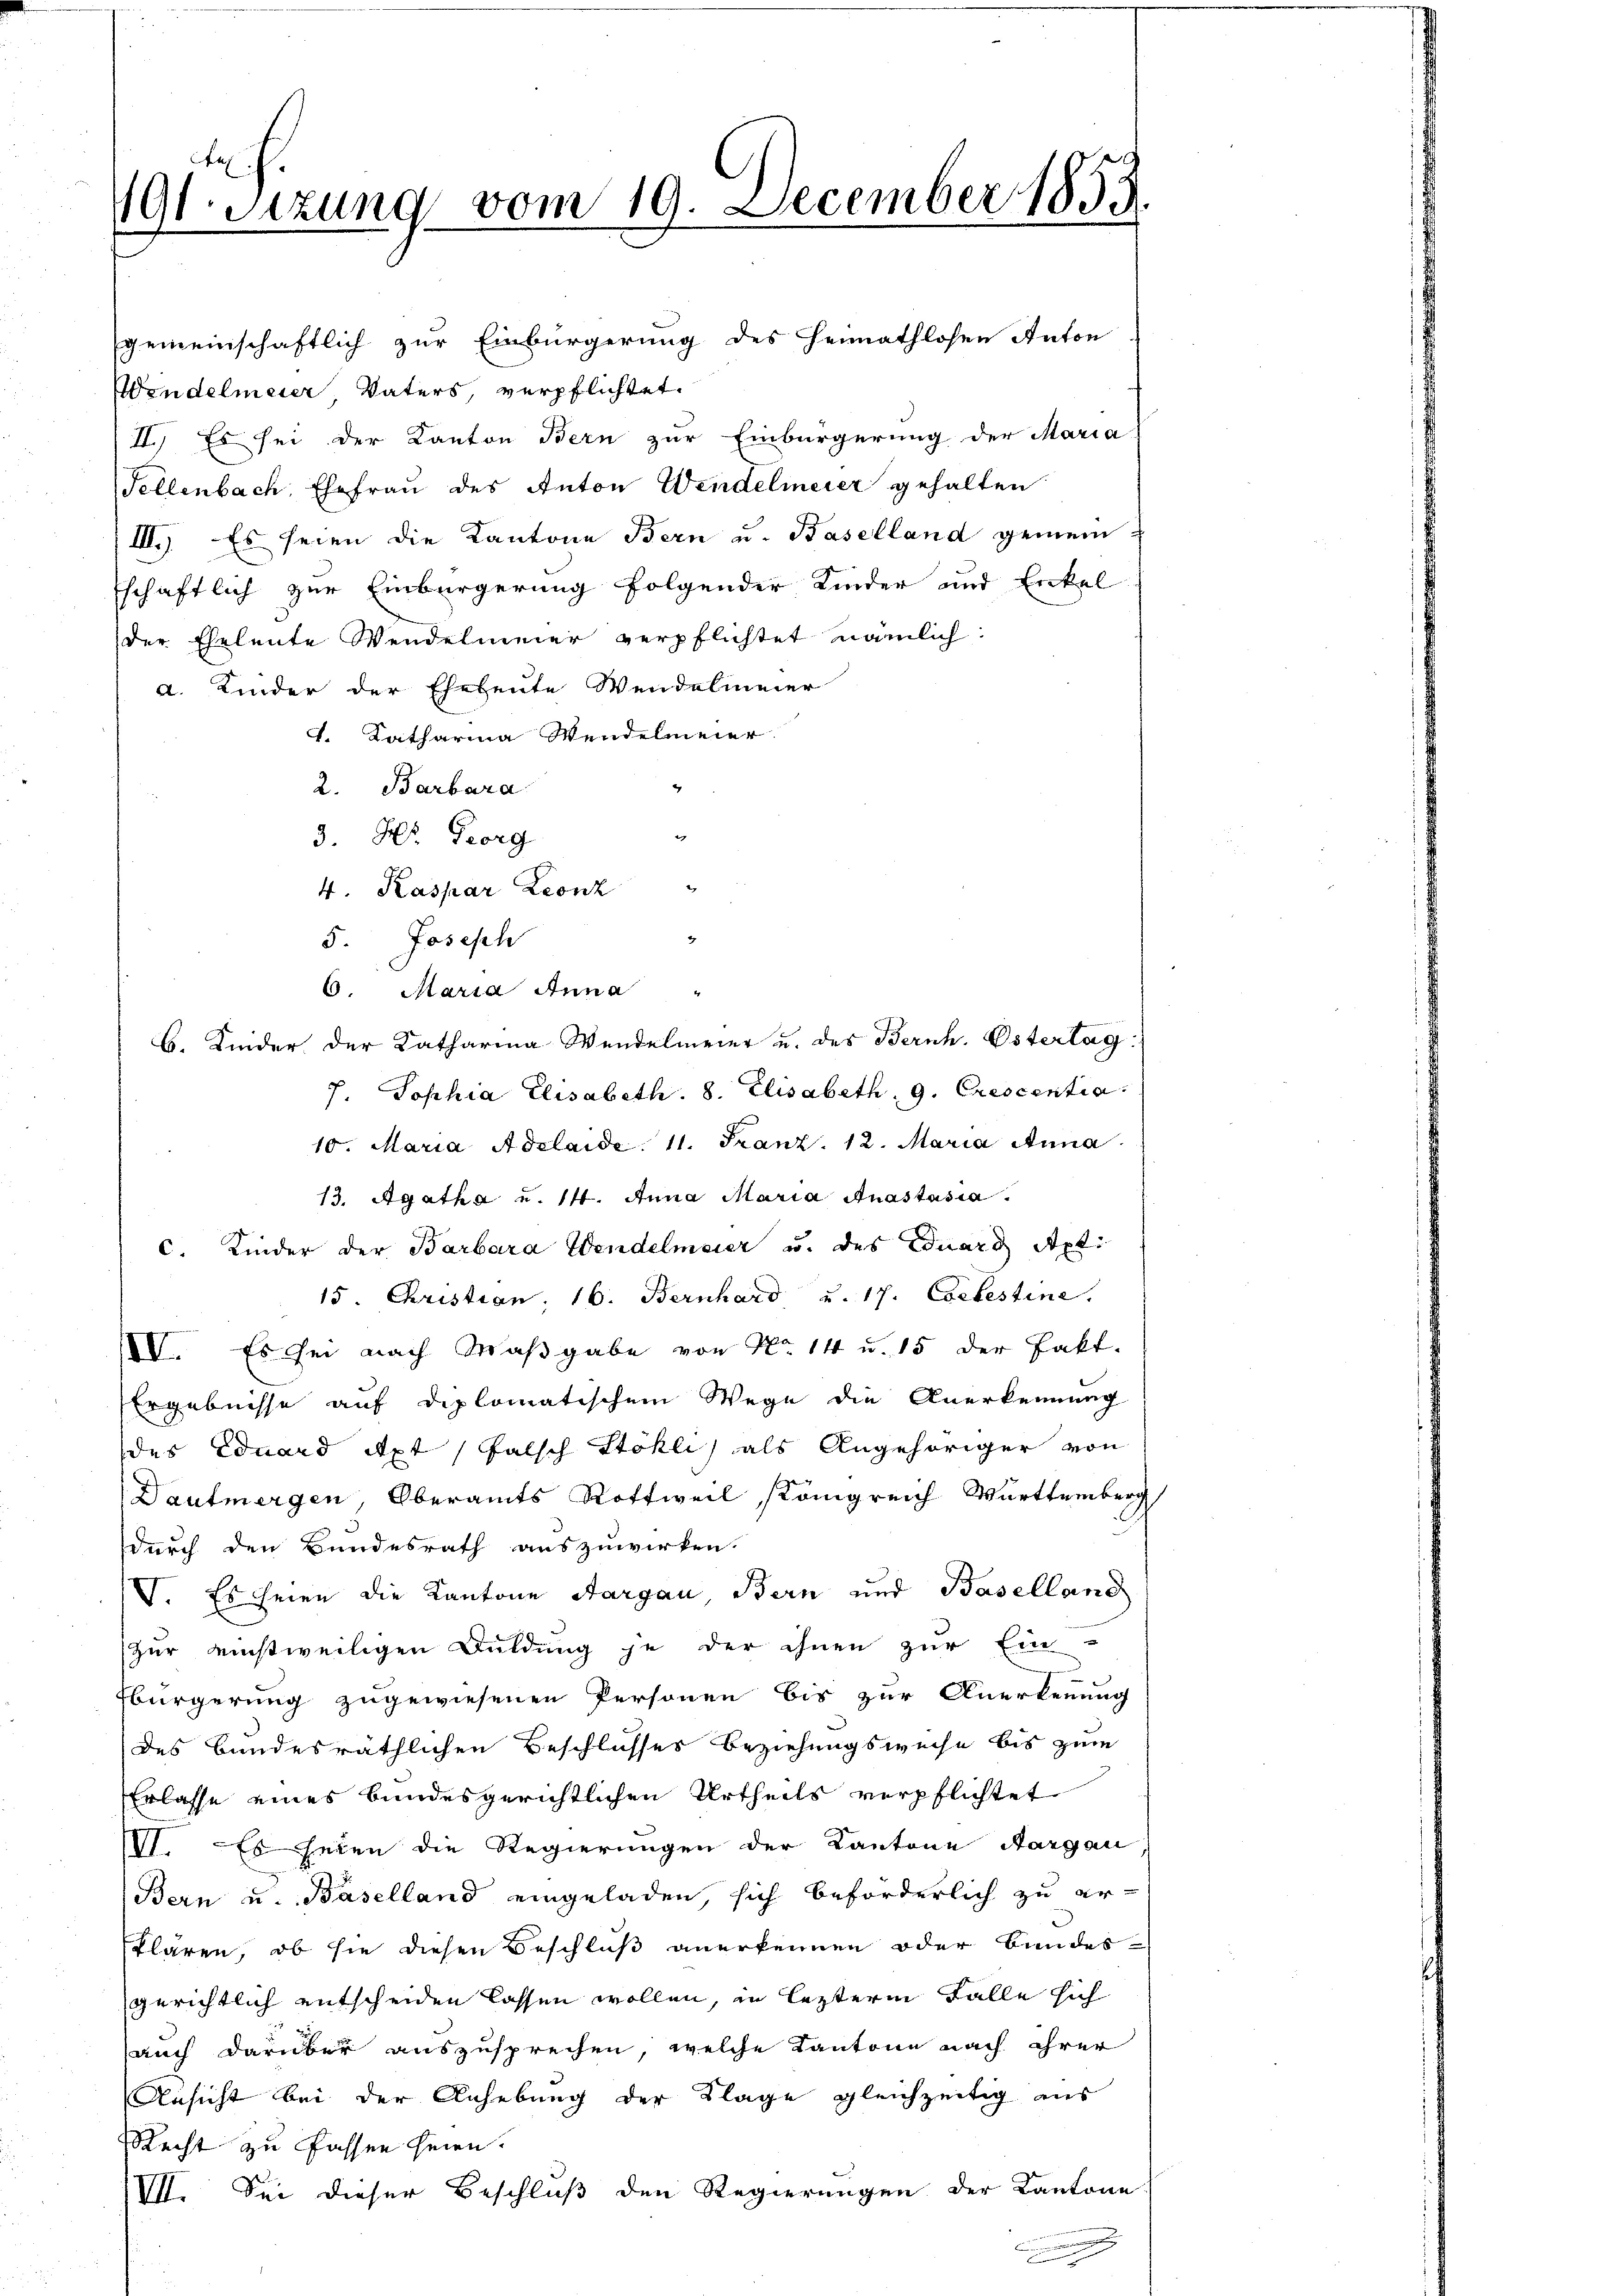
191. Sitzung vom 19. December 1853.

gemeinschaftlich zur Einbürgerung des Heimathlosen Anton
Wendelmeier Vaters, verpflichtet.
II.) Es sei der Kanton Bern zur Einbürgerung der Maria
Fellenbach, Ehefrau des Anton Wendelmeier gehalten
III.) Es seien die Kantone Bern u. Baselland gemeintschaftlich zur Einbürgerung folgender Kinder und Enkel
der Eheleute Wendelmeier verpflichtet nämlich
a. Kinder der Eheleute Wendelmeier
4. Katharina Wendelmeier
2. Barbara
e
3. Hr. Georg
4. Kaspar Leonz
b. Kinder der Katharina Wendelmeier u. des Bernh. Ostertag
7. Sophia Elisabeth. 8. Elisabeth, 9. Crescentia.
10. Maria Adelaide. 11. Franz. 12. Maria Anna
13. Agatha u. 14. Anna Maria Anastasia
c. Kinder der Barbara Wendelmaier u. des Eduard Apti
15. Christian, 16. Bernhard, u. 17. Bebestine.
IV. Es sei nach Maßgabe von No 14 u. 15 der Fakt.
Ergebnisse auf diplomatischem Wege die Anerkennung
des Eduard Apt, falsch Stöhli) als Angehöriger von
Daufmergen, Oberamts Rottweil Königreich Württemberg
durch den Bundesrath auszuwirken.
V. Es seien die Kantone Aargau, Bern und Baselland
zur einstweiligen Duldung je der ihnen zur Ein-
bürgerung zugewiesenen Personen bis zur Anerkennung
des bundesräthlichen Beschlusser Beziehungsweise bis zum
Erlasse eines bundesgerichtlichen Urtheils verpflichtet
III. Es seien die Regierungen der Kantone Aargau
Bern u. Baselland eingeladen, sich beförderlich zu erklären, ob sie diesen Beschluß anerkennen oder Bundesgerichtlich entscheiden lassen wollen, in lezterm Falle sich
auch darüber auszusprechen, welche Kantone nach ihrer
Ansicht bei der Anhebung der Klage gleichzeitig aus
Recht zu fassen seien.
VII. Sei dieser Beschluß den Regierungen der Kantone

5. Joseph
6. Maria Anna "